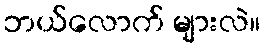
ဘယ်လောက် များလဲ။